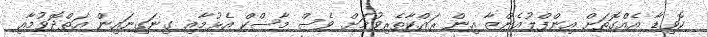
ކޮވިޑާ އެއްގޮތަށް އިންފްލުއެންޒާ އިން ރައްކާތެރިވުމަށް ވެސް މާސްކް އެޅުމާއި ގިނަގިނައިން އަތްދޮވުމާއި